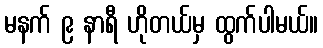
မနက် ၉ နာရီ ဟိုတယ်မှ ထွက်ပါမယ်။